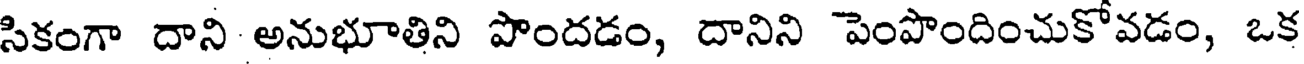
సికంగా దాని అనుభూతిని పొందడం, దానిని పెంపొందించుకోవడం, ఒక